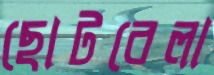
ছোটবেলা